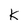
Character: k